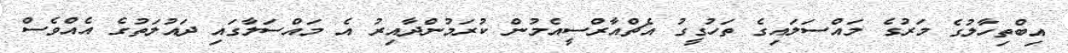
އިބްތިހާލުގެ މަރުގެ މައްސަލައިގެ ތަހުގީގު އެޗްއާރްސީއެމުން ކުރަމުންދާއިރު އެ މައްސަލާގައި ދައުލަތުގެ އެއްވެސް